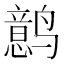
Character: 𱊰